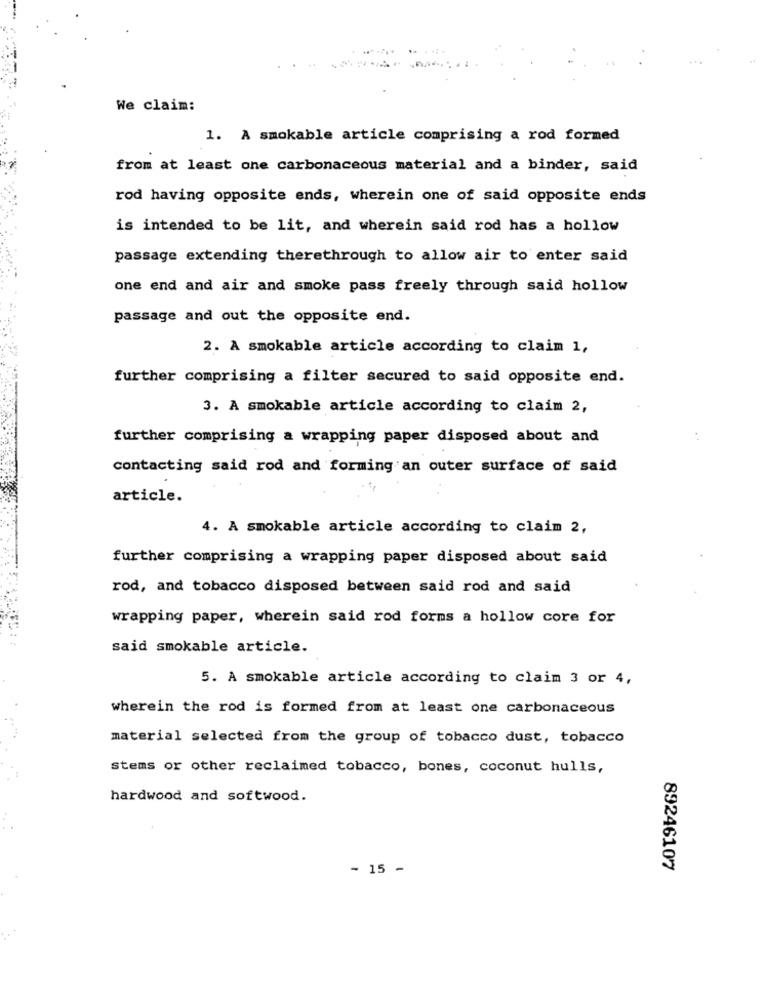
We claim:
1. A smokable article comprising a rod formed
from at least one carbonaceous material and a binder, said
rod having opposite ends, wherein one of said opposite ends
is intended to be lit, and wherein said rod has a hollow
passage extending therethrough to allow air to enter said
one end and air and smoke pass freely through said hollow
passage and out the opposite end.
2. A smokable article according to claim 1,
further comprising a filter secured to said opposite end.
3. A smokable article according to claim 2,
further comprising a wrapping paper disposed about and
contacting said rod and forming an outer surface of said
article.
4. A smokable article according to claim 2,
further comprising a wrapping paper disposed about said
rod, and tobacco disposed between said rod and said
wrapping paper, wherein said rod forms a hollow core for
said smokable article.
5. A smokable article according to claim 3 or 4,
wherein the rod is formed from at least one carbonaceous
material selected from the group of tobacco dust, tobacco
stems or other reclaimed tobacco, bones, coconut hulls,
hardwood and softwood.
- 15 -
89246107